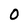
Character: 0